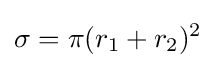
\sigma =\pi (r_{1}+r_{2})^{2}